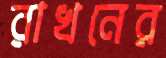
রাখনের